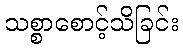
သစ္စာစောင့်သိခြင်း